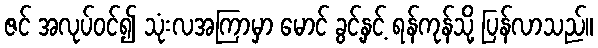
ဇင် အလုပ်ဝင်၍ သုံးလအကြာမှာ မောင် ခွင့်နှင့် ရန်ကုန်သို့ ပြန်လာသည်။